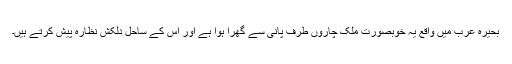
بحیرہ عرب میں واقع یہ خوبصورت ملک چاروں طرف پانی سے گھرا ہوا ہے اور اس کے ساحل دلکش نظارہ پیش کرتے ہیں۔